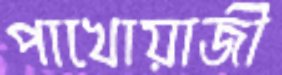
পাখোয়াজী